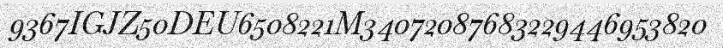
9367IGJZ50DEU6508221M34072087683229446953820